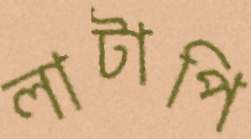
লাটাপি